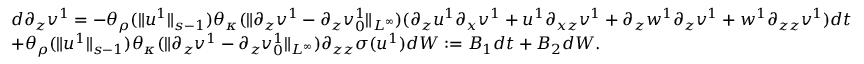
\begin{array} { r l } & { d \partial _ { z } v ^ { 1 } = - \theta _ { \rho } ( \| u ^ { 1 } \| _ { s - 1 } ) \theta _ { \kappa } ( \| \partial _ { z } v ^ { 1 } - \partial _ { z } v _ { 0 } ^ { 1 } \| _ { L ^ { \infty } } ) ( \partial _ { z } u ^ { 1 } \partial _ { x } v ^ { 1 } + u ^ { 1 } \partial _ { x z } v ^ { 1 } + \partial _ { z } w ^ { 1 } \partial _ { z } v ^ { 1 } + w ^ { 1 } \partial _ { z z } v ^ { 1 } ) d t } \\ & { + \theta _ { \rho } ( \| u ^ { 1 } \| _ { s - 1 } ) \theta _ { \kappa } ( \| \partial _ { z } v ^ { 1 } - \partial _ { z } v _ { 0 } ^ { 1 } \| _ { L ^ { \infty } } ) \partial _ { z z } \sigma ( u ^ { 1 } ) d W : = B _ { 1 } d t + B _ { 2 } d W . } \end{array}